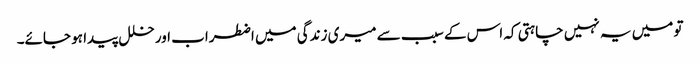
تو میں یہ نہیں چاہتی کہ اس کے سبب سے میری زندگی میں اضطراب اور خلل پیدا ہو جائے۔